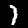
Label: 1